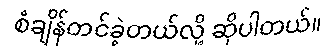
စံချိန်တင်ခဲ့တယ်လို့ ဆိုပါတယ်။